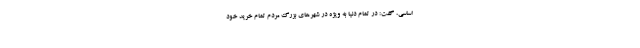
اساسی، گفت: در تمام دنیا به ویژه در شهرهای بزرگ مردم تمام خرید خود